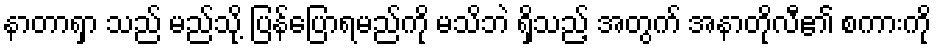
နာတာရှာ သည် မည်သို့ ပြန်ပြောရမည်ကို မသိဘဲ ရှိသည့် အတွက် အနာတိုလီ၏ စကားကို